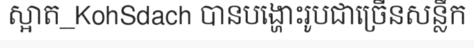
ស្អាត_KohSdach បានបង្ហោះរូបជាច្រើនសន្លឹក